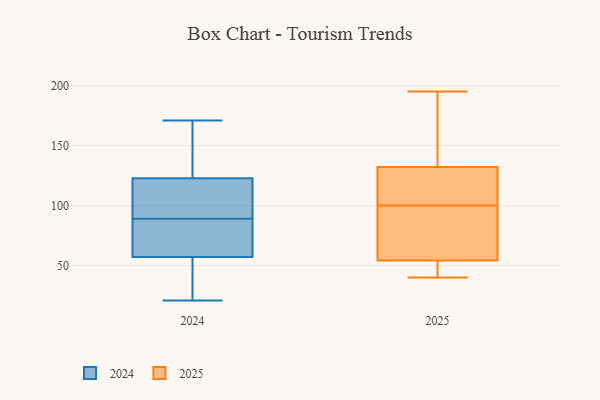
{"axis": {"x": "Website Visitors", "y": "Value"}, "legend": ["2024", "2025"], "data": [{"x": "", "y": 104, "type": "2024"}, {"x": "", "y": 171, "type": "2024"}, {"x": "", "y": 88, "type": "2024"}, {"x": "", "y": 82, "type": "2024"}, {"x": "", "y": 75, "type": "2024"}, {"x": "", "y": 58, "type": "2024"}, {"x": "", "y": 131, "type": "2024"}, {"x": "", "y": 44, "type": "2024"}, {"x": "", "y": 101, "type": "2024"}, {"x": "", "y": 123, "type": "2024"}, {"x": "", "y": 100, "type": "2024"}, {"x": "", "y": 122, "type": "2024"}, {"x": "", "y": 57, "type": "2024"}, {"x": "", "y": 154, "type": "2024"}, {"x": "", "y": 21, "type": "2024"}, {"x": "", "y": 25, "type": "2024"}, {"x": "", "y": 89, "type": "2024"}, {"x": "", "y": 147, "type": "2024"}, {"x": "", "y": 52, "type": "2024"}, {"x": "", "y": 51, "type": "2025"}, {"x": "", "y": 136, "type": "2025"}, {"x": "", "y": 46, "type": "2025"}, {"x": "", "y": 169, "type": "2025"}, {"x": "", "y": 112, "type": "2025"}, {"x": "", "y": 96, "type": "2025"}, {"x": "", "y": 64, "type": "2025"}, {"x": "", "y": 64, "type": "2025"}, {"x": "", "y": 155, "type": "2025"}, {"x": "", "y": 47, "type": "2025"}, {"x": "", "y": 96, "type": "2025"}, {"x": "", "y": 195, "type": "2025"}, {"x": "", "y": 50, "type": "2025"}, {"x": "", "y": 119, "type": "2025"}, {"x": "", "y": 102, "type": "2025"}, {"x": "", "y": 137, "type": "2025"}, {"x": "", "y": 100, "type": "2025"}, {"x": "", "y": 121, "type": "2025"}, {"x": "", "y": 40, "type": "2025"}]}